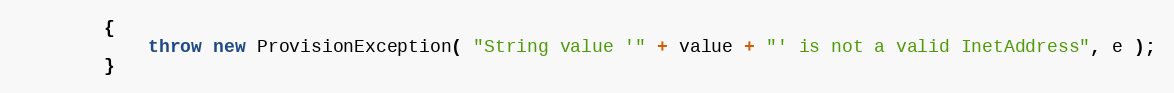
Language: Java
        {
            throw new ProvisionException( "String value '" + value + "' is not a valid InetAddress", e );
        }